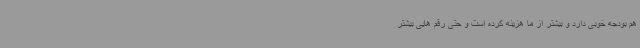
هم بودجه خوبی دارد و بیشتر از ما هزینه کرده است و حتی رقم هایی بیشتر